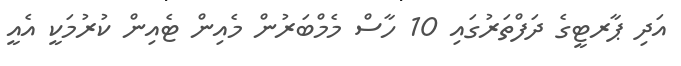
އަދި ޕާރޓީގެ ދަފްތަރުގައި 10 ހާސް މެމްބަރުން މެއިން ޓެއިން ކުރުމަކީ އެއީ